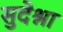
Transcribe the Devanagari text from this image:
सुदेश्ना